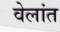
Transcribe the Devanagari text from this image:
वेलांत